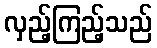
လှည့်ကြည့်သည်